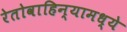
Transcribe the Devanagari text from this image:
रेतोवाहिन्यामध्ये